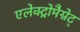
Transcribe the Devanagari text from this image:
एलेक्ट्रोमैग्नेट्